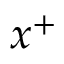
x ^ { + }